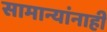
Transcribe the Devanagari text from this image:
सामान्यांनाही